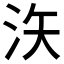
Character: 𪵳